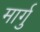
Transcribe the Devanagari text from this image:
मार्गु